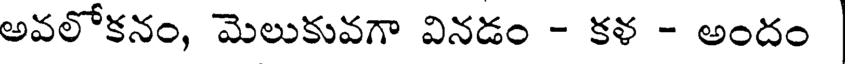
అవలోకనం, మెలుకువగా వినడం - కళ - అందం